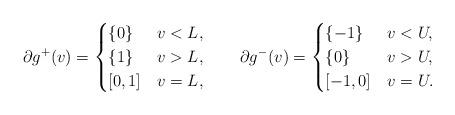
LaTeX: \begin{align*}\partial g^+(v)= \begin{cases} \{0\} & v< L, \\ \{1\} &v> L, \\ [0,1] & v = L, \end{cases}\qquad\partial g^-(v)= \begin{cases} \{-1\} & v< U, \\ \{0\} &v> U, \\ [-1,0] & v = U. \end{cases}\end{align*}